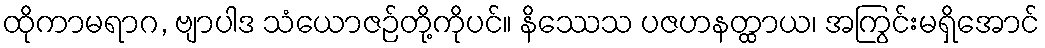
ထိုကာမရာဂ, ဗျာပါဒ သံယောဇဉ်တို့ကိုပင်။ နိဿေသ ပဇဟနတ္ထာယ၊ အကြွင်းမရှိအောင်